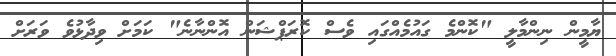
ޔާމީން ނިންމާލީ "ކޮންމެ ގައުމެއްގައި ވެސް ކޮރަޕްޝަން އޮންނާނެ" ކަމަށް ވިދާޅުވެ ވަރަށް